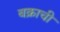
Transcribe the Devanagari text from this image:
बक्राची